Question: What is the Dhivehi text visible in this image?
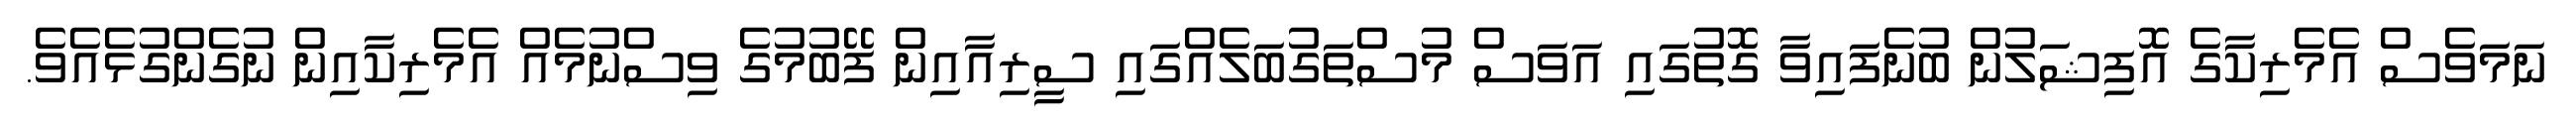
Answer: ނަމަވެސް އެމެރިކާގެ އޮފިޝަލުން ބުނެފައިވާ ގޮތުގައި އަވަސް މުސްތަގުބަލެއްގައި ސީރިއާއިން ފޭބުމުގެ ވިސްނުމެއް އެމެރިކާއިން ނުގެންގުޅެއެވެ.